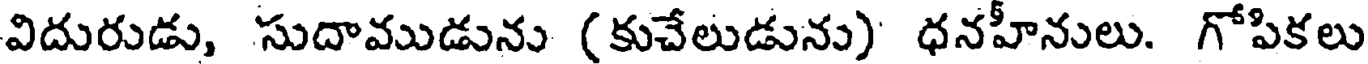
విదురుడు, సుదాముడును (కుచేలుడును) ధనహీనులు. గోపికలు